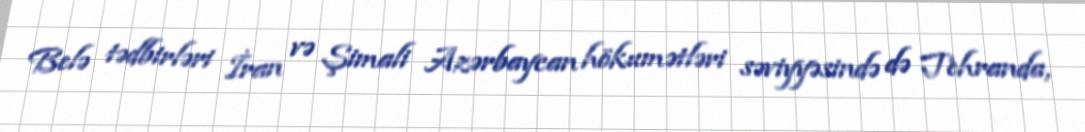
Belə tədbirləri İran və Şimali Azərbaycan hökumətləri səviyyəsində də Tehranda,